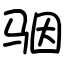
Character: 骃